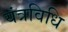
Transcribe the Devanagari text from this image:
यंत्रविधि